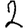
Digit: 2